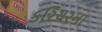
કરિયરના